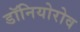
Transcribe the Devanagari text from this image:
डॉनियोरोव